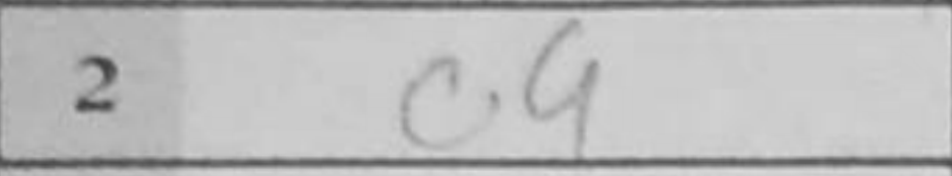
Transcription: c4